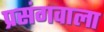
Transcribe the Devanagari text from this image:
प्रसंगवाला